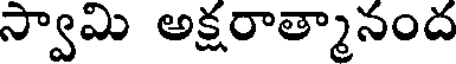
స్వామి అక్షరాత్మానంద